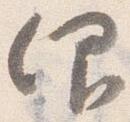
仰